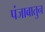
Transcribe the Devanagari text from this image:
पंजाबातुन